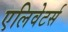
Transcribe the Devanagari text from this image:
एलिवेटर्स